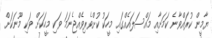
ޔާމީން ކުރައްވާނެ ކަމަށާއި މައްސަލައެއްގައި މީހަކު ކުށްވެރިވެއްޖެނަމަ ވަކި މީހަކަށް ވަކި މޫނަކަށް